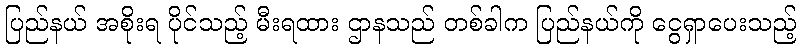
ပြည်နယ် အစိုးရ ပိုင်သည့် မီးရထား ဌာနသည် တစ်ခါက ပြည်နယ်ကို ငွေရှာပေးသည့်